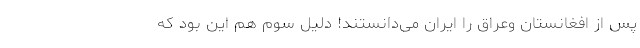
پس از افغانستان وعراق را ایران می‌دانستند! دلیل سوم هم این بود که